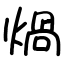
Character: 煱